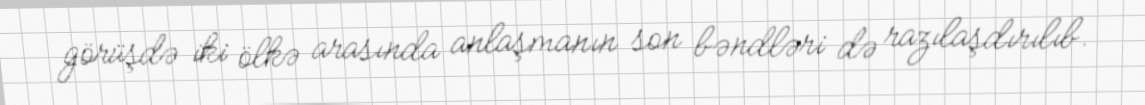
görüşdə iki ölkə arasında anlaşmanın son bəndləri də razılaşdırılıb.